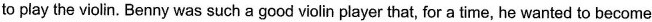
to play the violin. Benny was such a good violin player that, for a time, he wanted to become